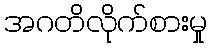
အဂတိလိုက်စားမှု